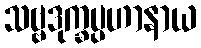
သဗ္ဗဒုက္ခပ္ပဟာနာယ